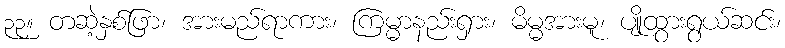
၃၃။ တဆဲ့နှစ်ဖြာ၊ အားမည်ရာကား၊ ကြမ္မာနည်းရှား၊ မိမ္မအားမူ၊ ပျိုထွားရွယ်ဆင်း၊